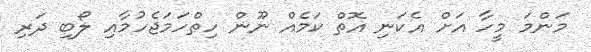
މަންމަ މީހާ އަށް އެކަނި އޮތް ކަމެއް ނޫން ހިތްހަމަޖެހުމާއި ލޯބި ދަރި